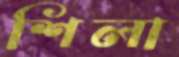
শিলা